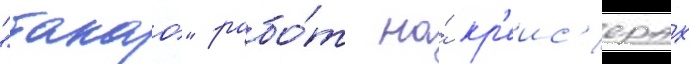
"такао" рабо́т на́ кр'еис'ерах